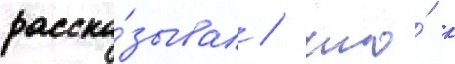
расска́зывал / что́ к